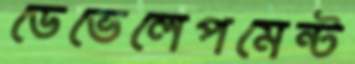
ডেভেলেপমেন্ট